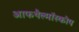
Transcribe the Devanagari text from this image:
आफथैल्मॉस्कोप